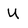
Character: U